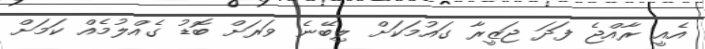
އެއީ ރާއްޖެ ފަދަ ޖަޒީރާ ގައުމަކަށް ލިބޭނެ ވަރަށް ބޮޑު ގެއްލުމެއް ކަމަށް